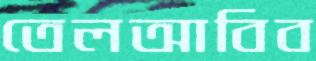
তেলআবিব